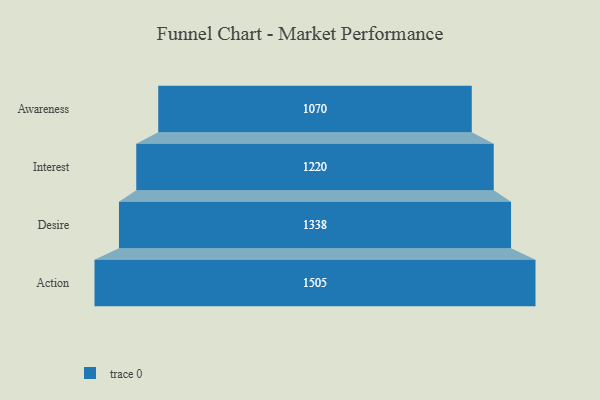
{"axis": {"x": "Stage", "y": "Value"}, "legend": [""], "data": [{"x": "Awareness", "y": 1070.0, "type": ""}, {"x": "Interest", "y": 1220.0, "type": ""}, {"x": "Desire", "y": 1338.0, "type": ""}, {"x": "Action", "y": 1505.0, "type": ""}]}